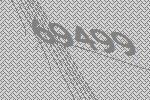
69499